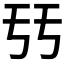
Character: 𠄥